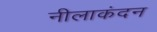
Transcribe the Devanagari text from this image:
नीलाकंदन